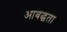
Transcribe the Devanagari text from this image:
आबद्धता